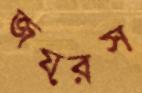
জয়রস